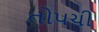
તોપચી